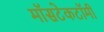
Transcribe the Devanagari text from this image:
मॉसटेकटॉमी